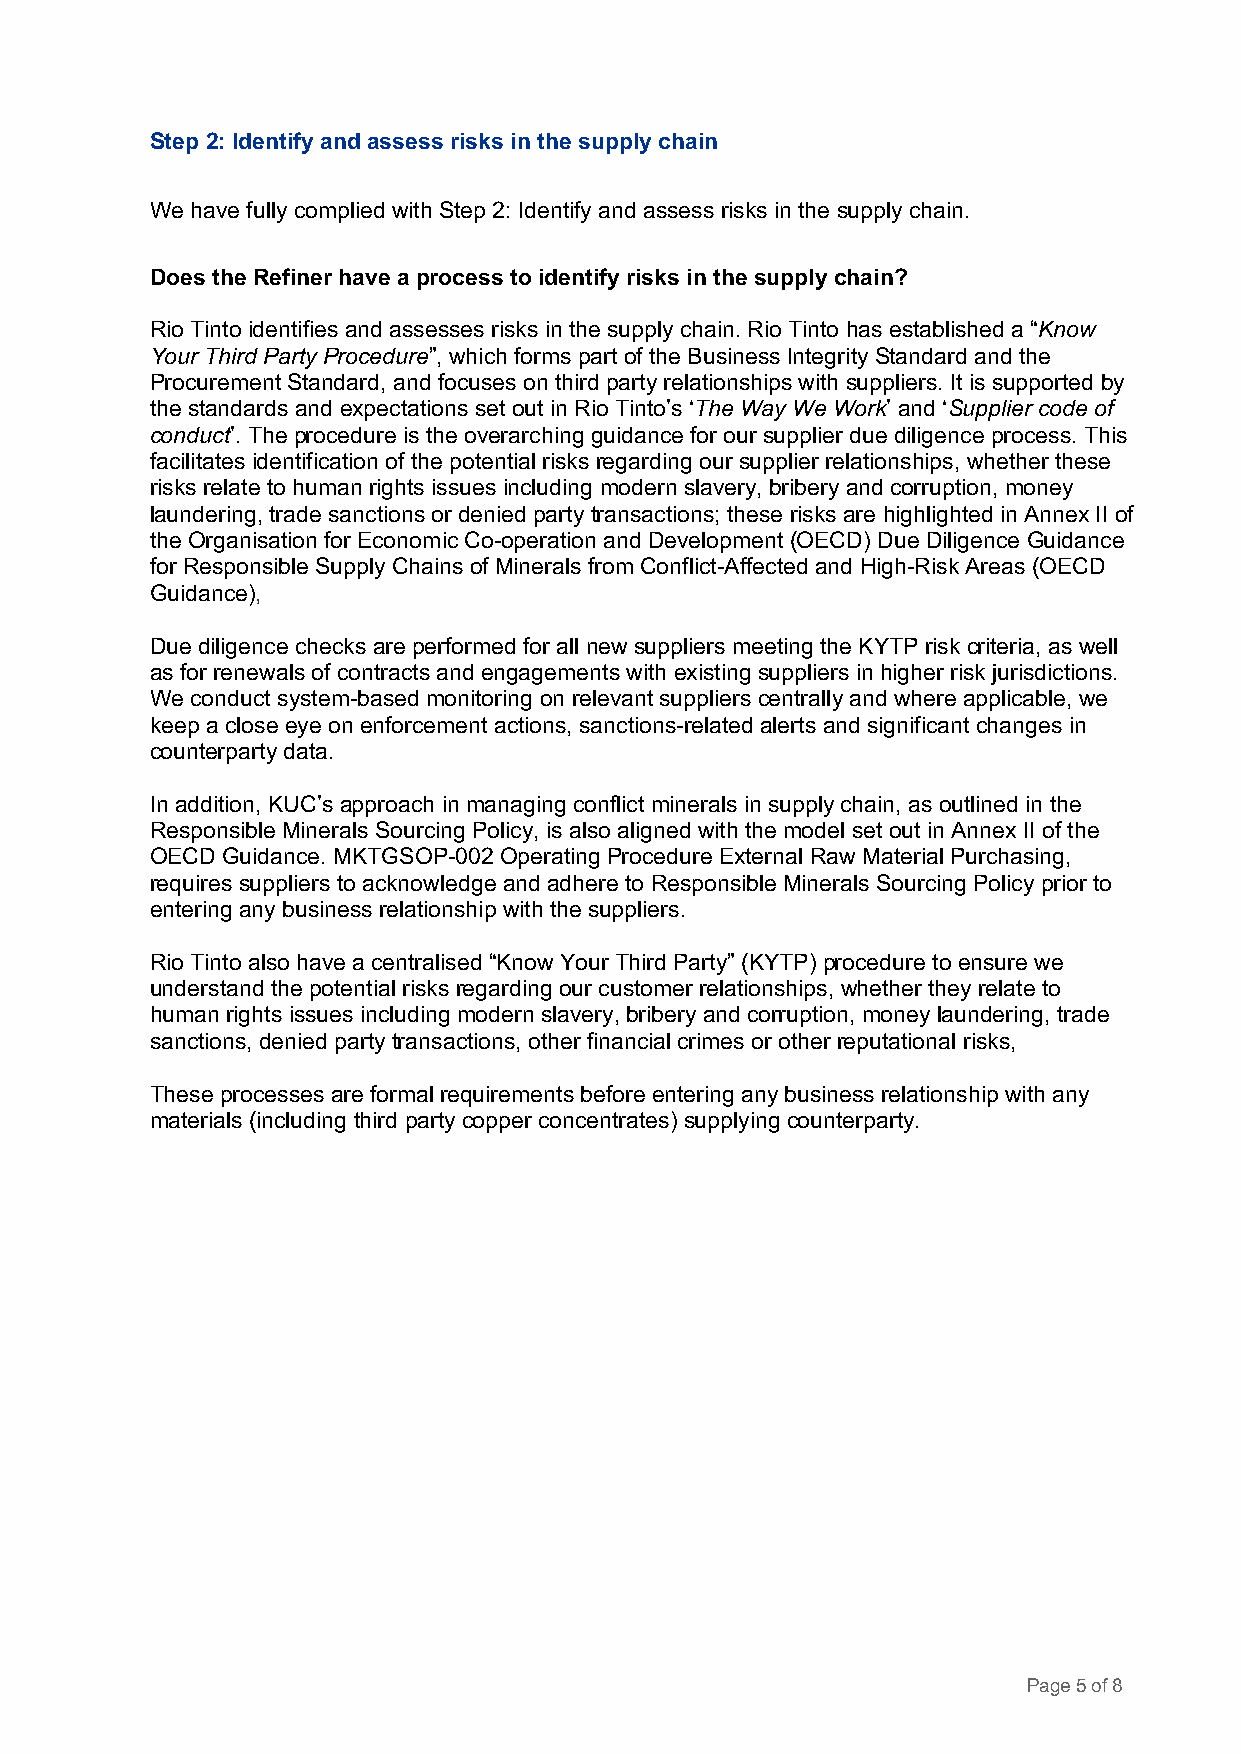
Step 2: Identify and assess risks in the supply chain
 We have fully complied with Step 2: Identify and assess risks in the supply chain.
 Does the Refiner have a process to identify risks in the supply chain?
 Rio Tinto identifies and assesses risks in the supply chain. Rio Tinto has established a “Know
 Your Third Party Procedure”, which forms part of the Business Integrity Standard and the
 Procurement Standard, and focuses on third party relationships with suppliers. It is supported by
 the standards and expectations set out in Rio Tinto’s ‘The Way We Work’ and ‘Supplier code of
 conduct’. The procedure is the overarching guidance for our supplier due diligence process. This
 facilitates identification of the potential risks regarding our supplier relationships, whether these
 risks relate to human rights issues including modern slavery, bribery and corruption, money
 laundering, trade sanctions or denied party transactions; these risks are highlighted in Annex II of
 the Organisation for Economic Co-operation and Development (OECD) Due Diligence Guidance
 for Responsible Supply Chains of Minerals from Conflict-Affected and High-Risk Areas (OECD
 Guidance),
 Due diligence checks are performed for all new suppliers meeting the KYTP risk criteria, as well
 as for renewals of contracts and engagements with existing suppliers in higher risk jurisdictions.
 We conduct system-based monitoring on relevant suppliers centrally and where applicable, we
 keep a close eye on enforcement actions, sanctions-related alerts and significant changes in
 counterparty data.
 In addition, KUC’s approach in managing conflict minerals in supply chain, as outlined in the
 Responsible Minerals Sourcing Policy, is also aligned with the model set out in Annex II of the
 OECD Guidance. MKTGSOP-002 Operating Procedure External Raw Material Purchasing,
 requires suppliers to acknowledge and adhere to Responsible Minerals Sourcing Policy prior to
 entering any business relationship with the suppliers.
 Rio Tinto also have a centralised “Know Your Third Party” (KYTP) procedure to ensure we
 understand the potential risks regarding our customer relationships, whether they relate to
 human rights issues including modern slavery, bribery and corruption, money laundering, trade
 sanctions, denied party transactions, other financial crimes or other reputational risks,
 These processes are formal requirements before entering any business relationship with any
 materials (including third party copper concentrates) supplying counterparty.
 Page 5 of 8